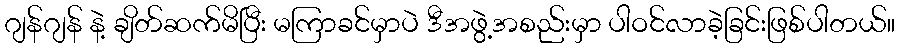
ဂျန်ဂျန် နဲ့ ချိတ်ဆက်မိပြီး မကြာခင်မှာပဲ ဒီအဖွဲ့အစည်းမှာ ပါဝင်လာခဲ့ခြင်းဖြစ်ပါတယ်။